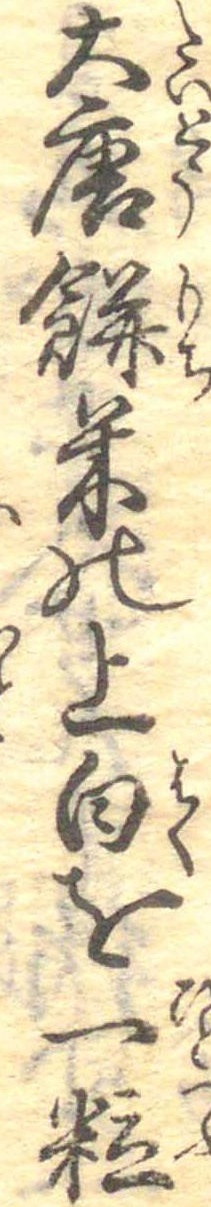
大唐餅米の上白を一粒